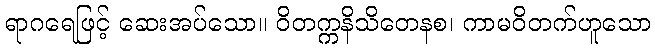
ရာဂရေဖြင့် ဆေးအပ်သော။ ဝိတက္ကနိသိတေနစ၊ ကာမဝိတက်ဟူသော